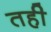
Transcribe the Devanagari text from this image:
तही